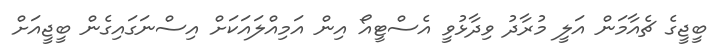
ބީޖީގެ ޗެއާމަން އަލީ މުރާދު ވިދާޅުވީ އެސްޓީއޯ އިން އަމިއްލައަކަށް އިސްނަގައިގެން ބީޖީއަށް